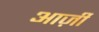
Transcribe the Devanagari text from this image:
आर्ज़ी